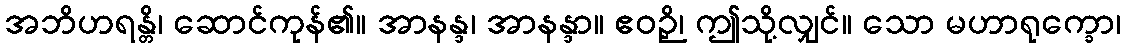
အဘိဟရန္တိ၊ ဆောင်ကုန်၏။ အာနန္ဒ၊ အာနန္ဒာ။ ဧဝဉှိ၊ ဤသို့လျှင်။ သော မဟာရုက္ခော၊